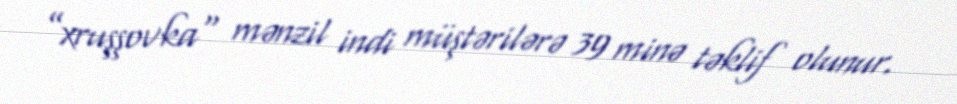
”xruşşovka" mənzil indi müştərilərə 39 minə təklif olunur.